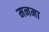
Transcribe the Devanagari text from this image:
मनमा